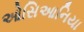
ઓસિઆનિયા